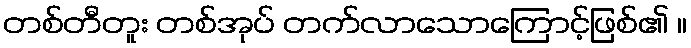
တစ်တီတူး တစ်အုပ် တက်လာသောကြောင့်ဖြစ်၏ ။